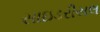
સાઇડરીયલ